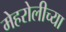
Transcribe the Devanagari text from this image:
मेहरोलीच्या